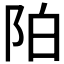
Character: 𲉌